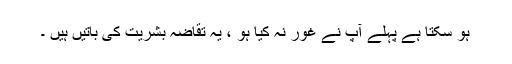
ہو سکتا ہے پہلے آپ نے غور نہ کیا ہو ، یہ تقاضہ بشریت کی باتیں ہیں ۔